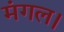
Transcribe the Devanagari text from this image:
मंगल।